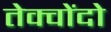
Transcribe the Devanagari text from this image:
तेक्वोंदो